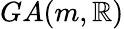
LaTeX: GA(m,\mathbb{R})